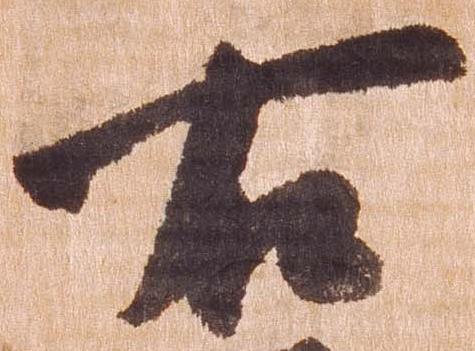
右